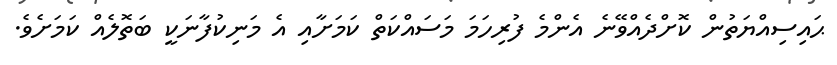
ޙައިސިއްޔަތުން ކޮށްދެއްވޭނެ އެންމެ ފުރިހަމަ މަސައްކަތް ކަމަށާއި އެ މަނިކުފާނަކީ ބަތޮލެއް ކަމަށެވެ.